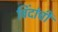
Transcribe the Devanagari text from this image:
विंदांची